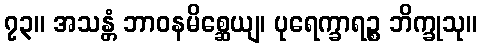
၇၃။ အသန္တံ ဘာဝနမိစ္ဆေယျ၊ ပုရေက္ခာရဉ္စ ဘိက္ခုသု။